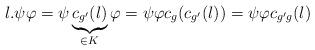
LaTeX: \begin{align*}l. \psi \varphi=\psi \underbrace{c_{g'}(l)}_{\in K}\varphi=\psi \varphi c_{g}(c_{g'}(l))=\psi \varphi c_{g'g}(l)\end{align*}